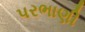
પરભાણી